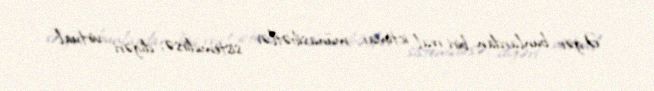
Əgər bunlardan biri real ictimai münasibətlər sistemidirsə, digəri virtual